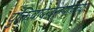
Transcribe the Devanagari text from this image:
युक्तिवादादरम्यानच्या